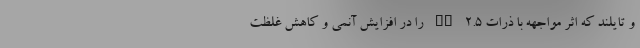
و تایلند که اثر مواجهه با ذرات PM ۲.۵ را در افزایش آنمی و کاهش غلظت